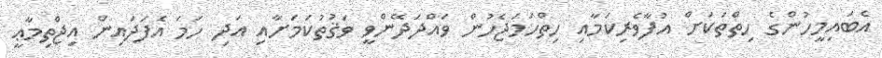
އެބައިމީހުންގެ ހިތްތަކަށް އުފާވެރިކަމާއި ހިތްހަމަޖެހުން ވައްދަދޭންވީ ވަޤުތުކަމަށާއި އަދި ހަމަ އެފަދައިން އިޖްތިމާޢީ